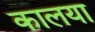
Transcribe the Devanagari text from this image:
कालया